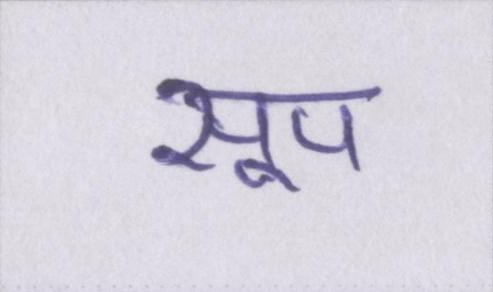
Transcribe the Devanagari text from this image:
सूप